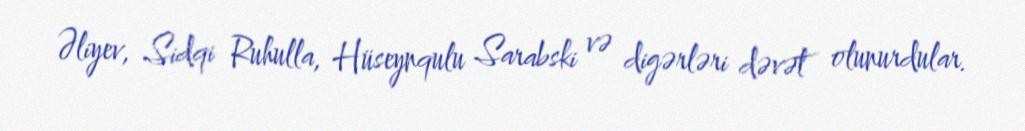
Əliyev, Sidqi Ruhulla, Hüseynqulu Sarabski və digərləri dəvət olunurdular.